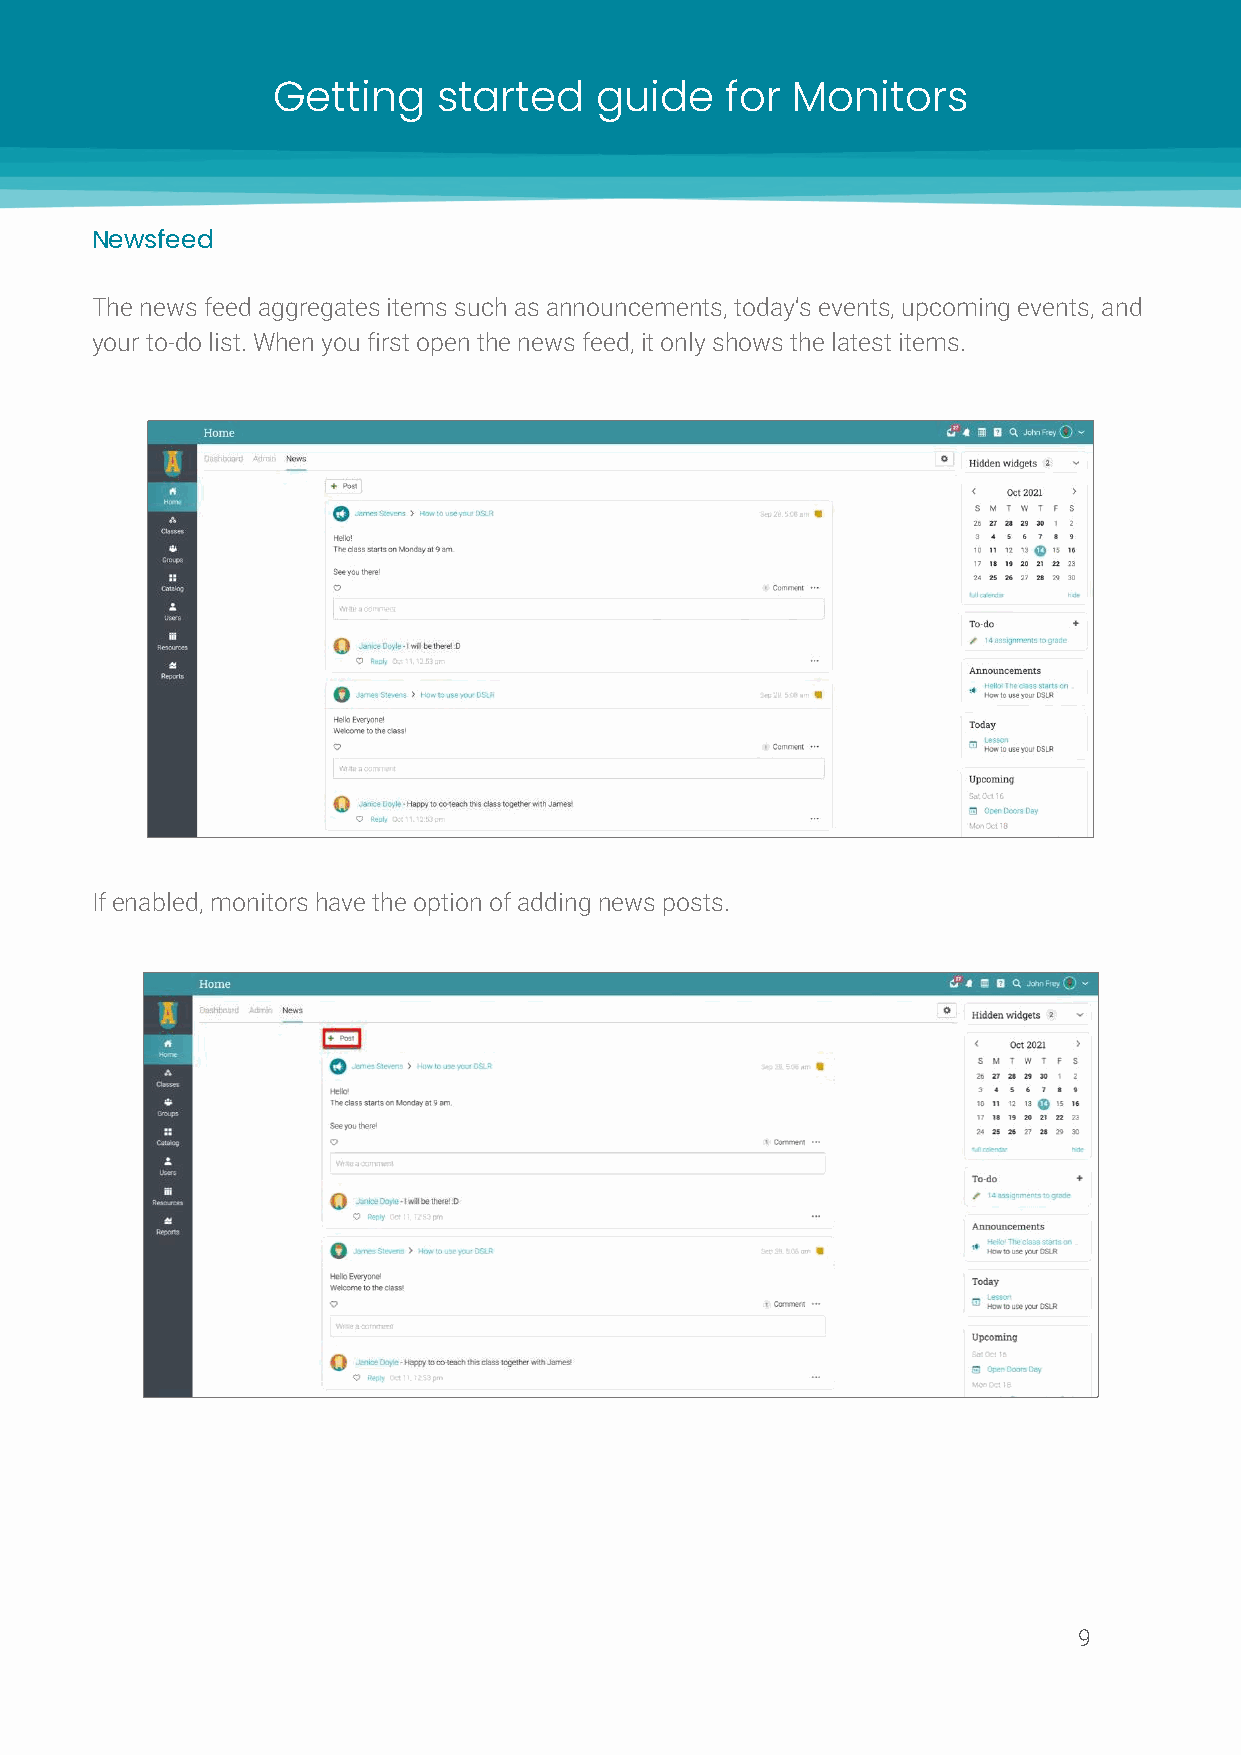
Getting    started   guide    for Monitors
 Newsfeed
 The news feed aggregates items such as announcements, today's events, upcoming events, and
 your to-do list. When you first open the news feed, it only shows the latest items.
 If enabled, monitors have the option of adding news posts.
 9